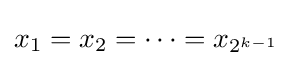
x_{1}=x_{2}=\cdots =x_{2^{k-1}}